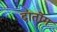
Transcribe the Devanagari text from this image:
दातोंग